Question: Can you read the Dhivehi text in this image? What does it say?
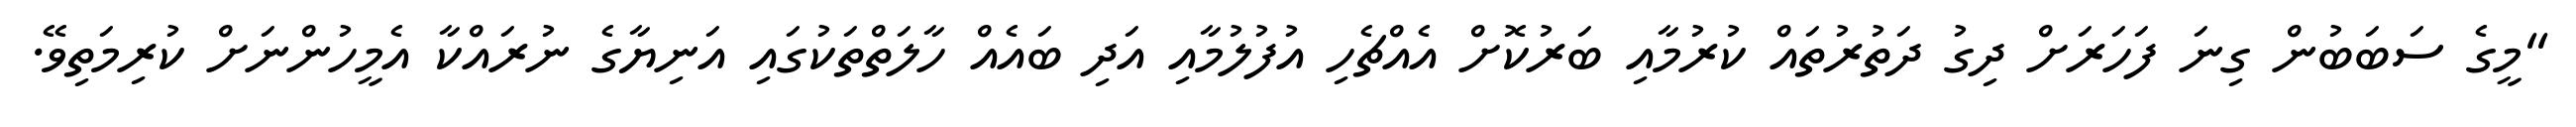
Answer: "މީގެ ސަބަބުން ގިނަ ފަހަރަށް ދިގު ދަތުރުތައް ކުރުމާއި ބަރުކޮށް އެއްޗެހި އުފުލުމާއި އަދި ބައެއް ހާލަތްތަކުގައި އަނިޔާގެ ނުރައްކާ އެމީހުންނަށް ކުރިމަތިވޭ.